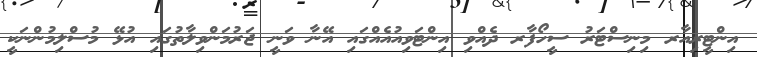
އިންޓީރިއާރ މިނިސްޓަރު ސީހޯފާރ ދެއްވި އިންޓަވިއުއެއްގައި އޭނާ ވަނީ ޖަރުމަންވިލާތުގައި އުޅޭ މުސްލިމުންނަކީ